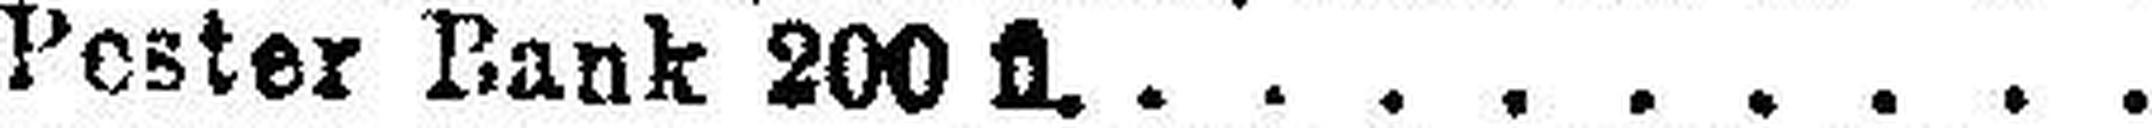
Pester Bank 200 fl.